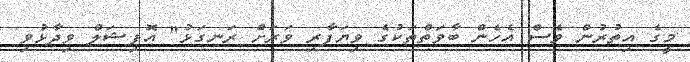
މީގެ އިތުރުން ވެސް އެހެން ބާވަތްތަކުގެ ވިޔަފާރި ވަރަށް ރަނގަޅު" އޮފިޝަލް ވިދާޅުވި